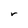
Character: r